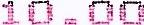
10.00